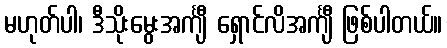
မဟုတ်ပါ၊ ဒီသိုးမွေးအင်္ကျီ ရှောင်လိအင်္ကျီ ဖြစ်ပါတယ်။